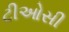
ટીઓસી